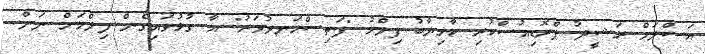
އަސްލަމް ރަޝީދު ޕްރޮޑިއުސްކުރި ކާމިޔާބު ފިލްމު "ފަތިސްހަނދުވަރު" އާ ގުޅުވައިގެން ފިލްމަށް ނަން